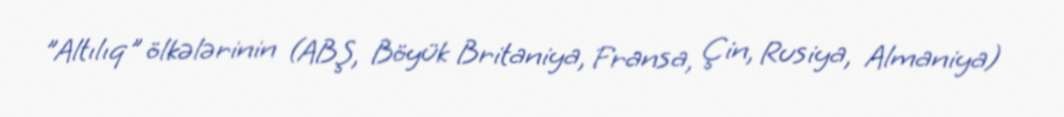
”Altılıq" ölkələrinin (ABŞ, Böyük Britaniya, Fransa, Çin, Rusiya, Almaniya)